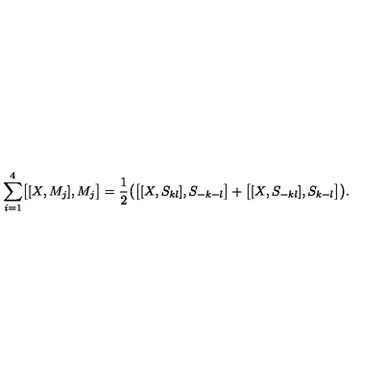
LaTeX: \sum _ { i = 1 } ^ { 4 } \bigl [ [ X , M _ { j } ] , M _ { j } \bigr ] = { \frac { 1 } { 2 } } \bigl ( \bigl [ [ X , S _ { k l } ] , S _ { - k - l } \bigr ] + \bigl [ [ X , S _ { - k l } ] , S _ { k - l } \bigr ] \bigr ) . \nonumber